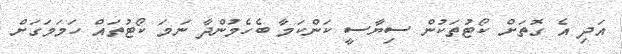
އަދި އެ ގޮތަށް ކޯޓުތަކުން ސިޔާސީ ކަންކަމާ ބެހެމުންދާ ނަމަ ކޯޓުތައް ހަމަމަގަށް